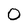
Character: O